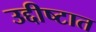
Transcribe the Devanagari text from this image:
उद्दीष्टात